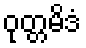
ဝုတ္တမိဒံ